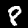
Label: 8